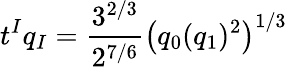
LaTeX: t^{I}q_{I}={\frac{3^{2/3}}{2^{7/6}}}\left(q_{0}(q_{1})^{2}\right)^{1/3}